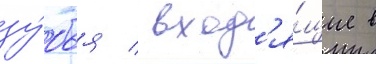
зу́бья / вход'я́щие в